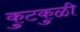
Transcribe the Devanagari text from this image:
कुटकुळी